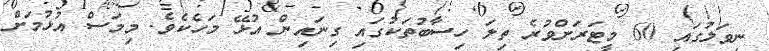
ނިވަލުގައި 60 މީޓަރަށްވުރެ ތިލަ ހިސާބުތަކުގައި ގިނައިން އުޅޭ މަހެކެވެ. މިމަސް އުޅުމަށް